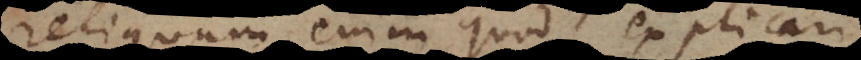
reliquum enim quod explicari